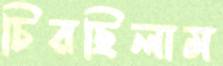
চিরছিলাম